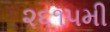
૨૬૧૫મી